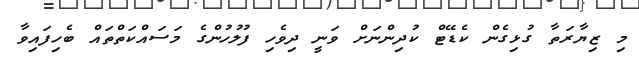
މި ޒިޔާރަތާ ގުޅިގެން ކެޑޭޓް ކުދިންނަށް ވަނީ ދިވެހި ފުލުހުންގެ މަސައްކަތްތައް ބެހިފައިވާ